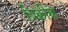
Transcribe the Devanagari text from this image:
बिक्रीके